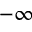
- \infty